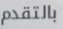
بالتقدم